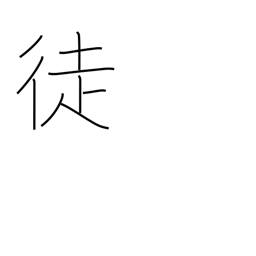
Meaning: people